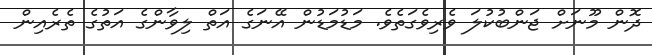
ދޮން މޫނަށް ޖަންބުކުލަ ވެރިވެގަތެވެ. މަޑުމަޑުން އޭނަގެ އަތް ލިވާންގެ އަތުގެ ތެރެއިން